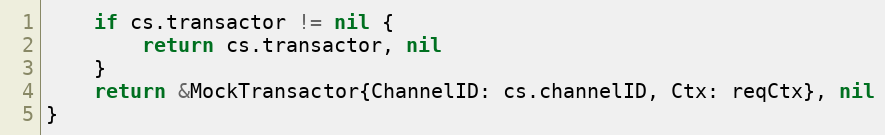
Language: Go
	if cs.transactor != nil {
		return cs.transactor, nil
	}
	return &MockTransactor{ChannelID: cs.channelID, Ctx: reqCtx}, nil
}